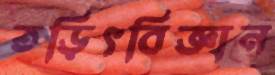
তড়িৎবিজ্ঞান